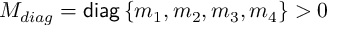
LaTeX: { \cal M } _ { d i a g } = { \sf d i a g } \left\{ m _ { 1 } , m _ { 2 } , m _ { 3 } , m _ { 4 } \right\} > 0